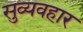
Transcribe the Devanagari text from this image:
सुव्यवहार